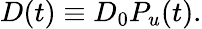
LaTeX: \begin{array}{r}{D(t)\equiv D_{0}P_{u}(t).}\end{array}